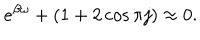
LaTeX: e ^ { \beta \omega } + ( 1 + 2 \cos \pi j ) \approx 0 .